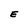
Character: E